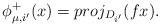
LaTeX: \begin{align*}\phi_{\mu,i'}^+(x)=proj_{D_{i'}}(fx).\end{align*}